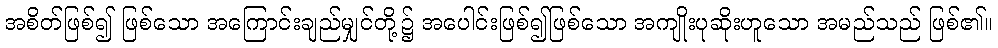
အစိတ်ဖြစ်၍ ဖြစ်သော အကြောင်းချည်မျှင်တို့၌ အပေါင်းဖြစ်၍ဖြစ်သော အကျိုးပုဆိုးဟူသော အမည်သည် ဖြစ်၏။